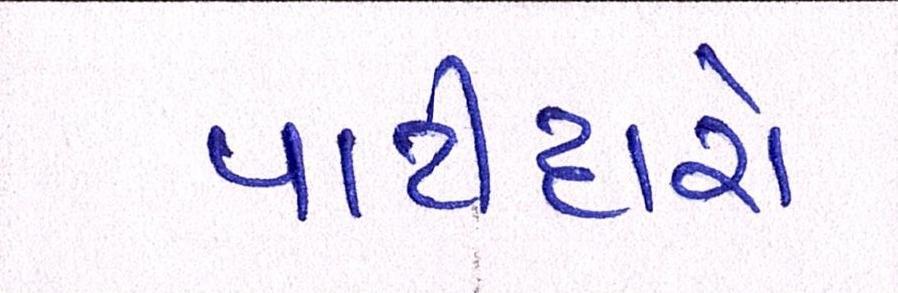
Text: પાટીદારો